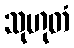
သုဟုတံ